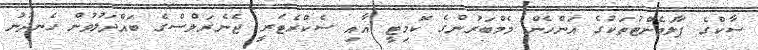
ސާކްގެ ޕާލަމެންޓުތަކުގެ އަންހެން މެމްބަރުންގެ ކޮމިޓީ އާއި ސެކްރެޓަރީ ޖެނެރަލްސްގެ ބައްދަލުވުން ހެނދުނު